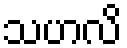
သဟလိ